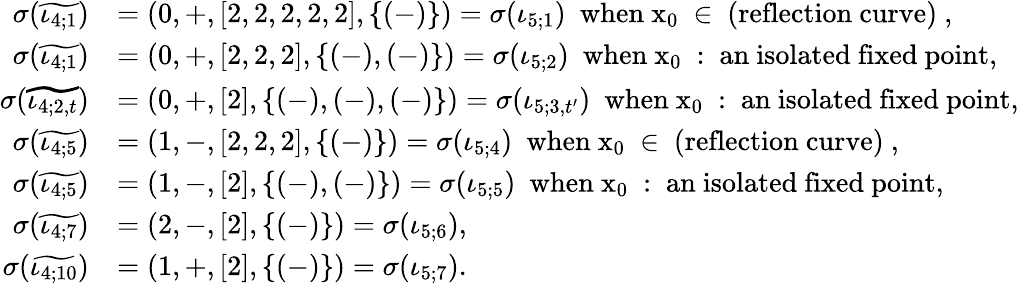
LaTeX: \begin{array}{rl}{\sigma(\widetilde{\iota_{4;1}})}&{=(0,+,[2,2,2,2,2],\{ (-)\} )=\sigma(\iota_{5;1})\ \mathrm{~when~x_0~\in~\mathrm{(reflection~curve)}~},}\\ {\sigma(\widetilde{\iota_{4;1}})}&{=(0,+,[2,2,2],\{ (-),(-)\} )=\sigma(\iota_{5;2})\ \mathrm{~when~x_0~:~an~isolated~fixed~point},}\\ {\sigma(\widetilde{\iota_{4;2,t}})}&{=(0,+,[2],\{ (-),(-),(-)\} )=\sigma(\iota_{5;3,t^{\prime}})\ \mathrm{~when~x_0~:~an~isolated~fixed~point,}}\\ {\sigma(\widetilde{\iota_{4;5}})}&{=(1,-,[2,2,2],\{ (-)\} )=\sigma(\iota_{5;4})\ \mathrm{~when~x_0~\in~\mathrm{(reflection~curve)}~},}\\ {\sigma(\widetilde{\iota_{4;5}})}&{=(1,-,[2],\{ (-),(-)\} )=\sigma(\iota_{5;5})\ \mathrm{~when~x_0~:~an~isolated~fixed~point},}\\ {\sigma(\widetilde{\iota_{4;7}})}&{=(2,-,[2],\{ (-)\} )=\sigma(\iota_{5;6}),}\\ {\sigma(\widetilde{\iota_{4;10}})}&{=(1,+,[2],\{ (-)\} )=\sigma(\iota_{5;7}).}\end{array}